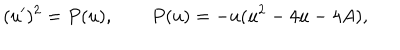
( u ^ { \prime } ) ^ { 2 } = P ( u ) , \qquad P ( u ) = - u ( u ^ { 2 } - 4 u - 4 A ) ,